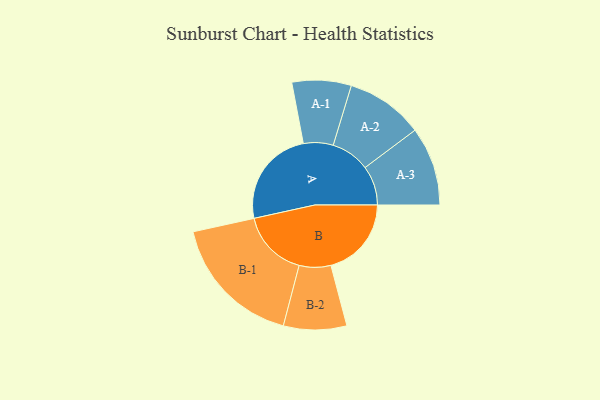
{"axis": {"x": "Segment", "y": "Value"}, "legend": ["", "A", "B"], "data": [{"x": "A", "y": 351, "type": ""}, {"x": "B", "y": 288, "type": ""}, {"x": "A-1", "y": 106, "type": "A"}, {"x": "A-2", "y": 139, "type": "A"}, {"x": "A-3", "y": 141, "type": "A"}, {"x": "B-1", "y": 241, "type": "B"}, {"x": "B-2", "y": 113, "type": "B"}]}